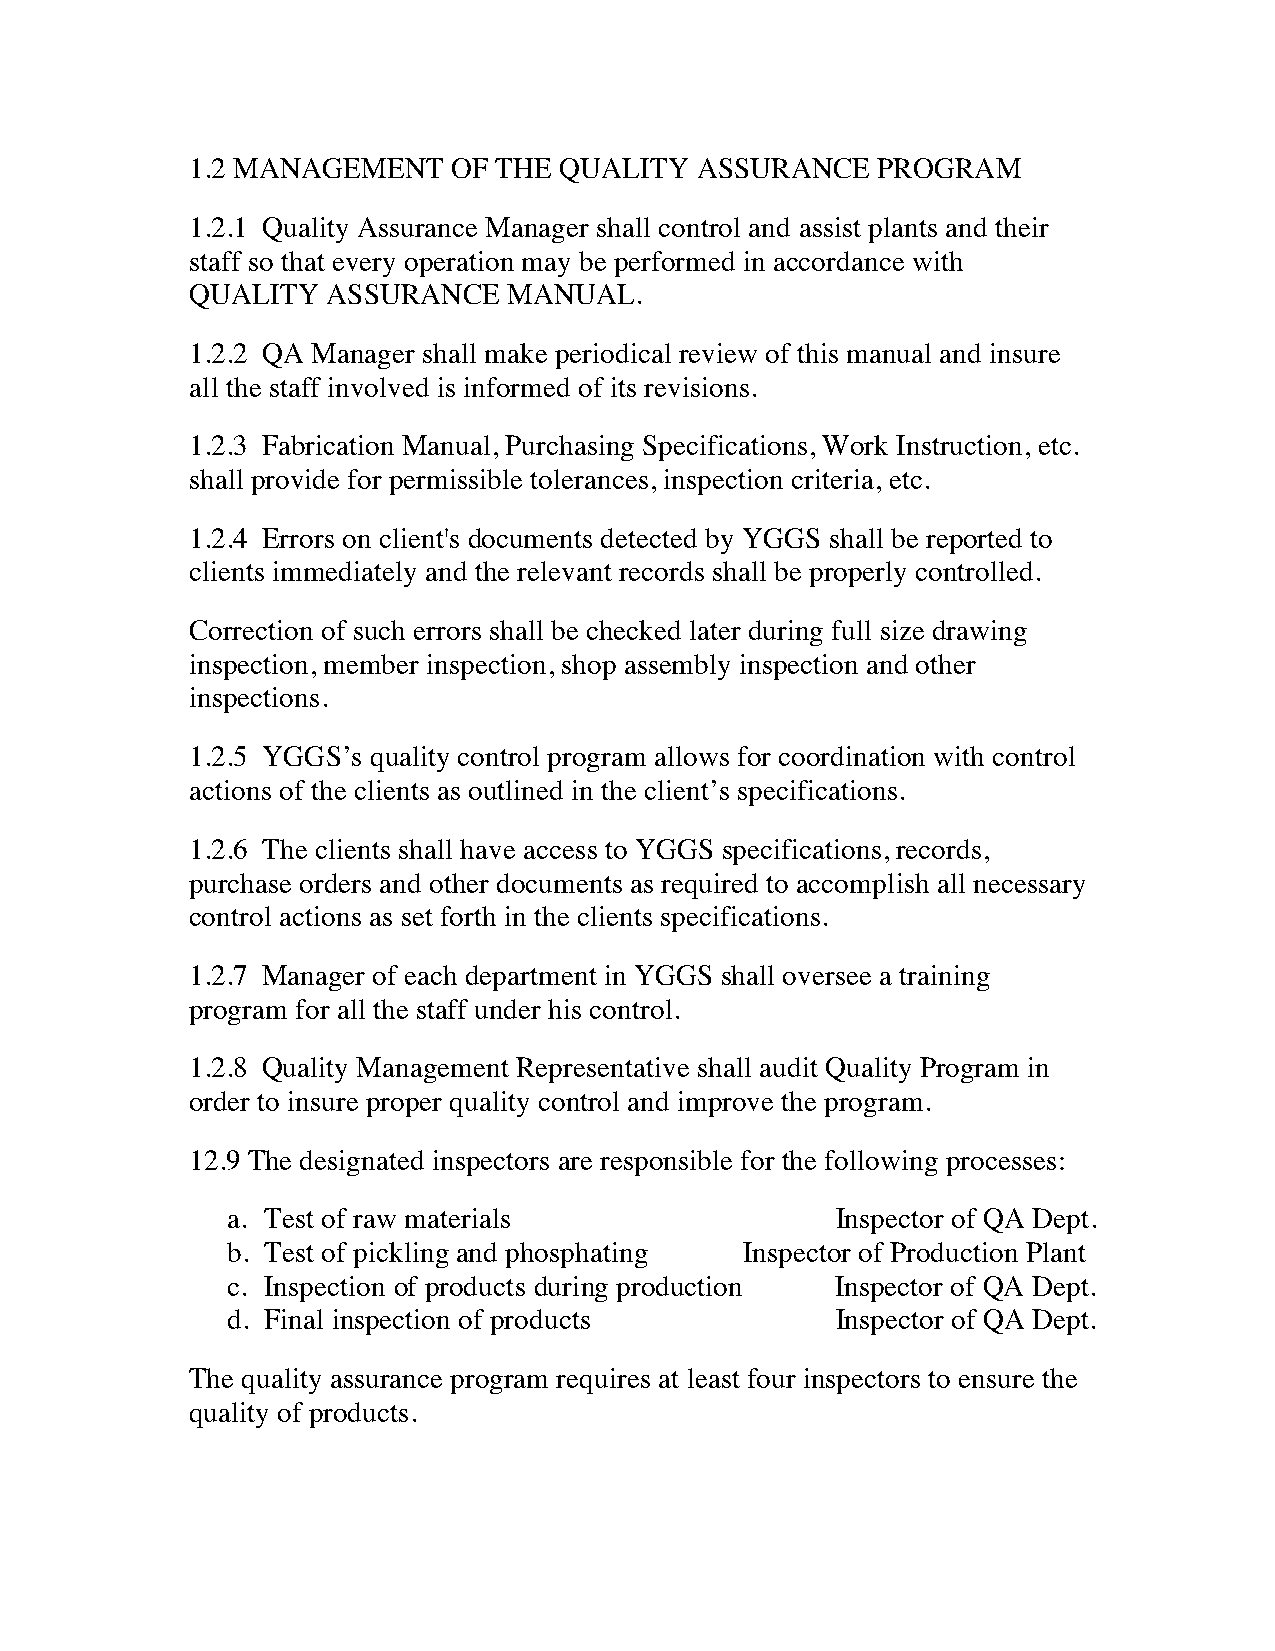
1.2 MANAGEMENT   OF THE QUALITY  ASSURANCE   PROGRAM
 1.2.1 Quality Assurance Manager shall control and assist plants and their
 staff so that every operation may be performed in accordance with
 QUALITY  ASSURANCE   MANUAL.  
 1.2.2 QA Manager shall make periodical review of this manual and insure
 all the staff involved is informed of its revisions. 
 1.2.3 Fabrication Manual, Purchasing Specifications, Work Instruction, etc.
 shall provide for permissible tolerances, inspection criteria, etc. 
 1.2.4 Errors on client's documents detected by YGGS shall be reported to
 clients immediately and the relevant records shall be properly controlled. 
 Correction of such errors shall be checked later during full size drawing
 inspection, member inspection, shop assembly inspection and other
 inspections. 
 1.2.5 YGGS’s quality control program allows for coordination with control
 actions of the clients as outlined in the client’s specifications. 
 1.2.6 The clients shall have access to YGGS specifications, records,
 purchase orders and other documents as required to accomplish all necessary
 control actions as set forth in the clients specifications. 
 1.2.7 Manager of each department in YGGS shall oversee a training
 program for all the staff under his control. 
 1.2.8 Quality Management Representative shall audit Quality Program in
 order to insure proper quality control and improve the program.
 12.9 The designated inspectors are responsible for the following processes:
 a. Test of raw materials                Inspector of QA Dept.
 b. Test of pickling and phosphating Inspector of Production Plant
 c. Inspection of products during production Inspector of QA Dept.
 d. Final inspection of products         Inspector of QA Dept.
 The quality assurance program requires at least four inspectors to ensure the
 quality of products.